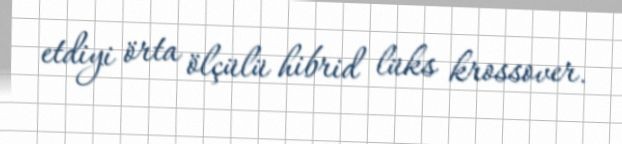
etdiyi örta ölçülü hibrid lüks krossover.